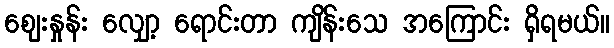
ဈေးနှုန်း လျှော့ ရောင်းတာ ကျိန်းသေ အကြောင်း ရှိရမယ်။